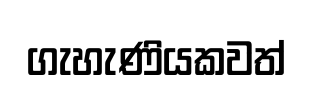
ගැහැණියකවත්